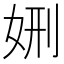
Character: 𡜇